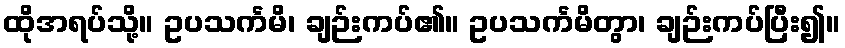
ထိုအရပ်သို့။ ဥပသင်္ကမိ၊ ချဉ်းကပ်၏။ ဥပသင်္ကမိတွာ၊ ချဉ်းကပ်ပြီး၍။